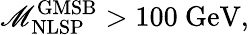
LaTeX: \mathscr{M}_{\mathrm{{NLSP}}}^{\mathrm{{GMSB}}}>100~\mathrm{{GeV}},